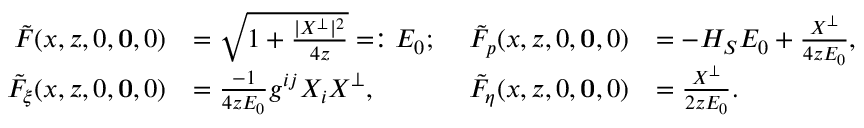
\begin{array} { r l r l } { \tilde { F } ( x , z , 0 , \mathbf { 0 } , 0 ) } & { = \sqrt { 1 + \frac { | X ^ { \perp } | ^ { 2 } } { 4 z } } = : E _ { 0 } ; } & { \ \tilde { F } _ { p } ( x , z , 0 , \mathbf { 0 } , 0 ) } & { = - H _ { S } E _ { 0 } + \frac { X ^ { \perp } } { 4 z E _ { 0 } } , } \\ { \tilde { F } _ { \xi } ( x , z , 0 , \mathbf { 0 } , 0 ) } & { = \frac { - 1 } { 4 z E _ { 0 } } g ^ { i j } X _ { i } X ^ { \perp } , } & { \ \tilde { F } _ { \eta } ( x , z , 0 , \mathbf { 0 } , 0 ) } & { = \frac { X ^ { \perp } } { 2 z E _ { 0 } } . } \end{array}